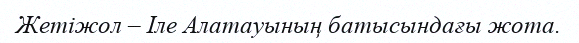
Жетіжол – Іле Алатауының батысындағы жота.